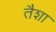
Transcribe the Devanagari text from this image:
तैशा